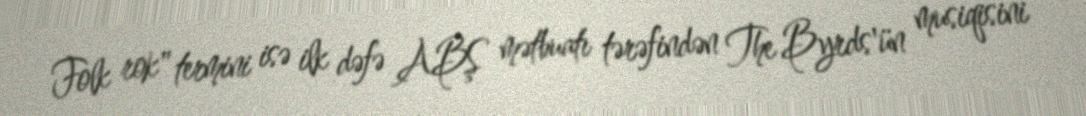
Folk rok" termini isə ilk dəfə ABŞ mətbuatı tərəfindən The Byrds'ün musiqisini